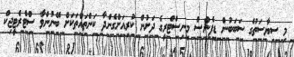
މި ސިޔާސަތުގެ ސަބަބުން ޑިފެންސް މިނިސްޓްރީގެ ދަށުން ކުރިއަށްގެންދާ ކަންތައްތަކަށް ބޭނުންވާ ސްޓްރެޓީޖިކް